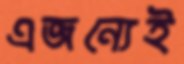
এজন্যেই